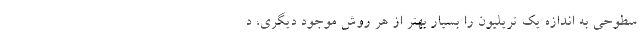
سطوحی به اندازه یک تریلیون را بسیار بهتر از هر روش موجود دیگری، د